Sanitation, dispensaries and jails vaccination Rajputana 1922-1927 - 1922-1927
Year: 1922
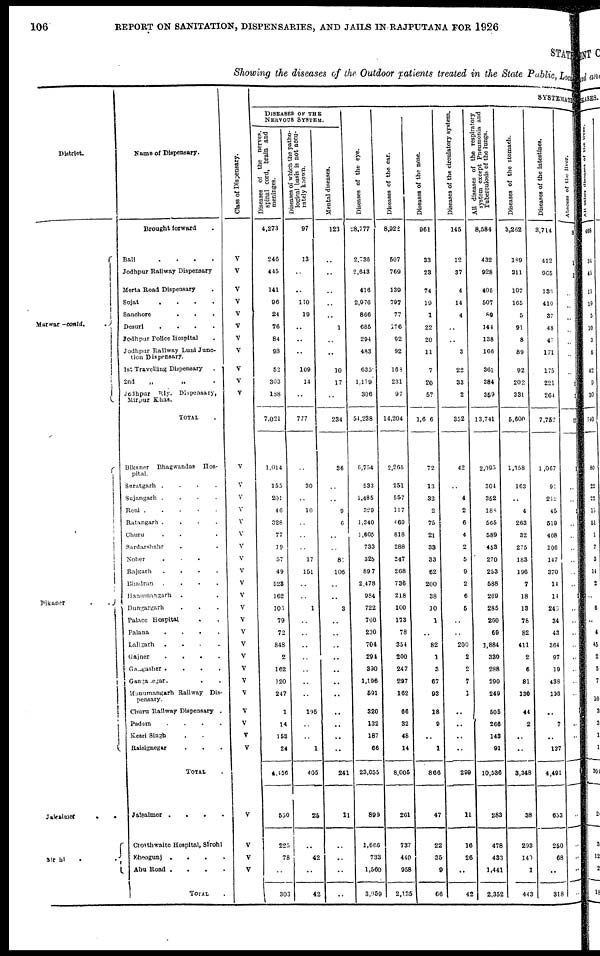
106
REPORT ON SANITATION, DISPENSARIES, AND JAILS IN RAJPUTANA FOR 1926
STATE
Showing the diseases of the Outdoor patients treated in the State Public, Local
District.
Marwar -contd.
Bikaner . .
Jakalmer
.
.
Sirohi
.
.
Name of Dispensary.
Brought forward .
Bali
.
.
.
.
Jodhpur Railway Dispensary
Merta Road Dispensary .
Sojat
.
.
.
.
Sanchore
. . .
Desurl
.
.
.
.
Jodhpur Police Hospital .
Jodhpur Hallway Luni Junc-
tion Dispensary.
1st Travelling Dispensary
.
2nd
„
,.
Jodhpur
Rly. Dispensary,
Mirpur Khas.
TOTAL .
Bikaner Bhagwandas Hos-
pital.
Suratgarh
.
.
.
.
Sujangarh
.
.
.
.
Reni
.
.
.
.
Ratangarh
.
.
.
.
Churu . . . .
Sardarshahr . . .
Noher . . . .
Rajgarh
.
.
.
.
Bhadran
.
.
.
.
Hanumangarh . .
Dungargarh . . .
Palace Hospital . .
Palana
.
.
.
.
Laligarh
.
.
.
.
Gajner
.
.
.
.
Gangasher
.
.
.
.
Gangaegar
.
.
.
Hanumangarh Railway Dis-
pensary.
Churu Railway Dispensary .
Padam
.
.
.
.
Kesri Singh . . .
Raisignegar . . .
TOTAL .
Jaisalmer
.
.
.
.
Crosthwaitc Hospital, Sirohi
Sheogunj
.
.
.
.
Abu Road
.
.
.
.
TOTAL .
Class of Dispensary.
V
V
V
V
V
V
V
V
V
V
V
V
V
V
V
V
V
V
V
V
V
V
V
V
V
V
V
V
V
V
V
V
V
V
V
V
V
V
SYSTEMATIC
DISEASES OF THE
NERVOUS SYSTEM.
Diseases of the nerves,
spinal cord, brain and
meninges.
4,273
246
445
141
96
24
76
84
98
52
303
188
7,021
1,014
155
201
46
328
77
19
57
49
523
162
103
79
72
848
2
162
120
247
1
14
153
24
4,156
530
225
78
..
303
Diseases of which the patho-
logical basis is not accu-
rately known.
97
13
..
..
110
19
..
..
..
109
14
..
777
..
30
..
10
..
..
..
17
151
..
..
1
..
..
..
..
..
..
..
195
..
..
1
405
25
..
42
..
42
Mental diseases.
123
..
..
..
..
..
1
..
..
10
17
..
234
36
..
..
9
6
..
..
81
106
..
..
3
..
..
..
..
..
..
..
..
..
..
241
11
..
..
..
..
Diseases of the eye.
28,777
2,736
2,643
416
2,976
866
685
294
483
635
1,179
306
54,238
6,754
533
1,485
329
1,340
1,605
733
325
89 7
2,478
984
722
760
230
704
294
390
1,196
591
320
132
187
66
23,055
899
1,666
733
1,560
3,959
Diseases of the ear.
8,922
507
769
139
797
77
176
92
92
163
231
97
14,204
2,265
251
557
117
469
818
288
247
268
736
218
100
173
78
354
200
247
297
162
66
32
48
14
8,005
261
737
440
958
2,135
Diseases of the nose.
961
33
23
74
19
1
22
20
11
7
20
57
1,6 6
72
13
32
2
75
21
33
33
62
200
38
10
1
..
82
1
3
67
93
18
9
..
1
866
47
22
35
9
66
Diseases of the circulatory system.
145
12
37
4
14
4
..
..
3
22
33
2
352
42
..
4
2
6
4
2
5
9
2
6
6
..
..
200
2
2
7
1
..
..
..
..
299
11
16
26
..
42
All diseases of the respiratory
system except Pneumonia and
Tuberculosis of the lungs.
8,584
432
928
405
507
89
144
138
166
361
384
359
13,741
2,095
304
352
188
565
589
458
270
253
588
269
285
200
69
1,884
330
288
290
249
505
266
143
91
10,536
283
478
433
1,441
2,352
Diseases of the stomach.
3,262
189
311
107
165
5
91
8
89
92
202
331
5,600
1,358
163
..
4
263
32
275
183
196
7
18
13
78
82
411
2
6
81
130
44
2
..
..
3,348
38
293
140
1
443
Diseases of the intestines.
3,714
412
965
133
410
37
48
47
171
175
221
264
7,752
1,067
91
212
45
519
408
106
147
370
14
14
240
34
43
364
97
19
438
113
..
7
..
137
4,491
653
250
68
..
318
Abscess of the liver.
8
1
1
..
..
..
..
..
..
..
1
3
22
..
..
..
..
..
..
..
..
..
..
..
..
..
..
..
..
..
..
..
..
..
..
..
..
..
..
..
..
..